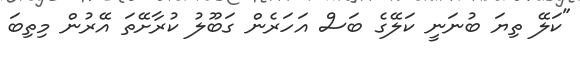
"ކަލޭ ތިޔަ ބުނަނީ ކަލޭގެ ބަސް އަހަރެން ގަބޫލު ކުރާށޭތަ އޭރުން މިތިބަ